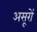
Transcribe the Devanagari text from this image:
असूरों